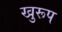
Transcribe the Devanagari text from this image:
खुरूप